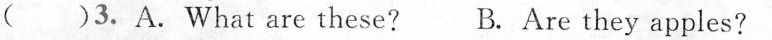
( )3.A.What are these? B. Are they apples?